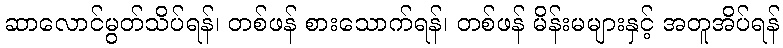
ဆာလောင်မွတ်သိပ်ရန်၊ တစ်ဖန် စားသောက်ရန်၊ တစ်ဖန် မိန်းမများနှင့် အတူအိပ်ရန်